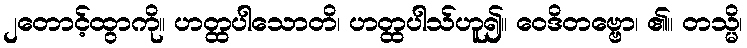
၂တောင့်ထွာကို။ ဟတ္ထပါသောတိ၊ ဟတ္ထပါသ်ဟူ၍။ ဝေဒိတဗ္ဗော၊ ၏။ တသ္မိ၊